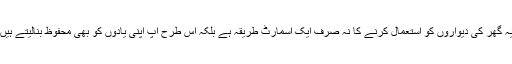
یہ گھر کی دیواروں کو استعمال کرنے کا نہ صرف ایک اسمارٹ طریقہ ہے بلکہ اس طرح آپ اپنی یادوں کو بھی محفوظ بنالیتے ہیں۔